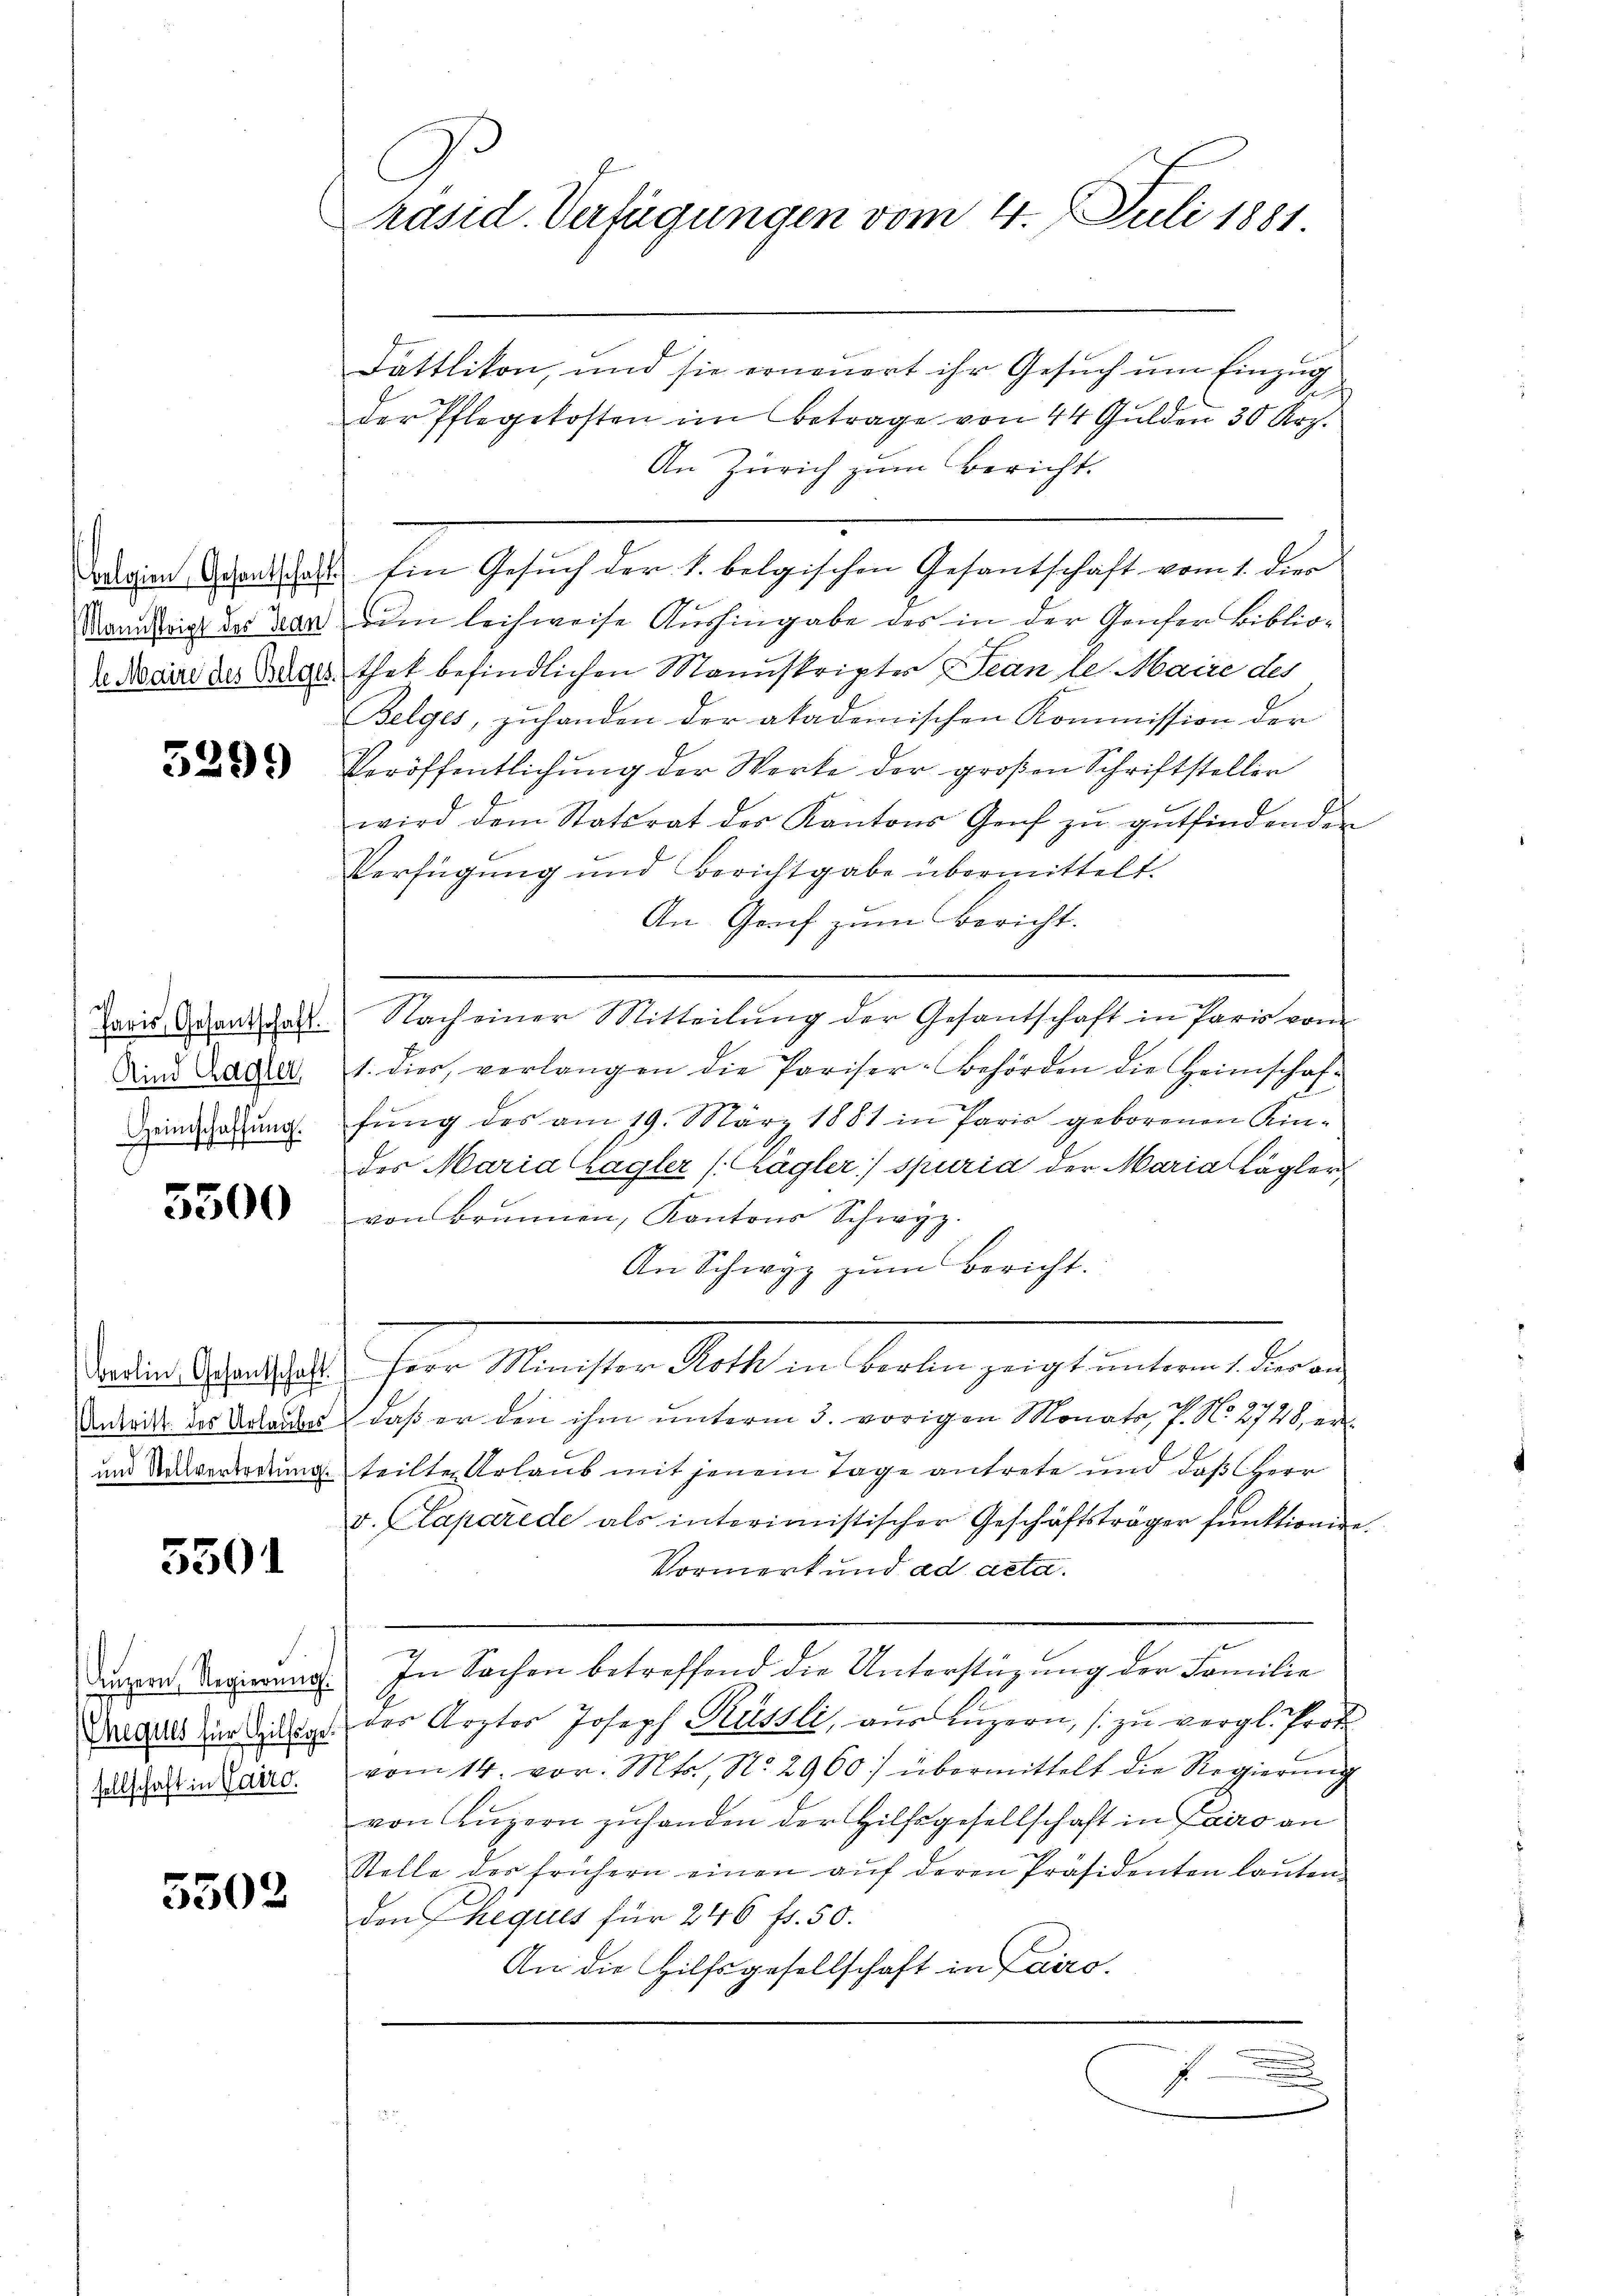
3299

e
Aind Cagler
Heimschaffung.

5500

s

5501

Luzern, Regierung.
Cheques für Hilfsge
sellschaft in Vairo.

5502

C
räsid. Verfügungen vom 4. Juli 1881

Dättlikon, und sie erneuert ihr Gesuch um Einzug
der Pflegekosten im Betrage von 44 Gulden 30 Arg.
An Zürich zum Bericht.
gien Gesantschaft Ein Gesŭch der 1. belgischen Gesandschaft vom 1. die
Manneigt des vor dem leichweise Aushingabe des in der Genfer Biblio¬
2 Nocare des Bauer that befindlichen Manuskripter Jean le Maire des
Belges, zuhanden der akademischen Kommission der
Veröffentlichung der Werke der großen Schriftsteller
wird dem Statsrat des Kantons Genf zŭ gŭtfindenden
Verfügung und Berichtgabe übermittelt.
An Graf zum Bericht.
Paris Beantrag. Nach einer Mitteilung der Gesantschaft in Paris vom
1. dies verlangen die Pariser-Behörden die Heimschaf-
fung des am 19. März 1881 in Paris geborenen Kindes Maria Lagler (Kägler/ spuria der Maria Lagler
von Brunnen, Kantons Schwyz.
An Schwyz zum Bericht.
adin Gesandtschaft Herr Minister Roth in Berlin zeigt unterm 1. dies an
9
Antritt des Baades, daß er den ihm unterm 3. vorigen Monats, P. No. 2128, er
und Neuvertretung teilte Urlaub mit jenem Tage antrete und daß Herr
v. Lapárede als interimistischer Geschäftsträger funktionire
Vormerkund ad acta.
In Sachen betreffend die Unterstüzung der Familie
der Ärzter Joseph Rüssli, aŭs Lŭzern, zŭ vergl. Prot
vom 14. vor. Mts., No. 2960) übermittelt die Regierŭng
von Luzern zuhanden der Hilfsgesellschaft in Cairo an
Stelle der frühern einen aŭf deren Präsidenten laŭten
den Cheques für 246 ff. 50.
An die Hilfsgesellschaft in Lairo
.